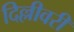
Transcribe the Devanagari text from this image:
दिल्लीवरी